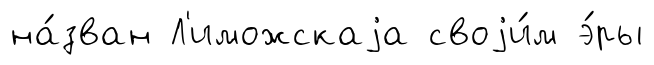
на́зван Л'иможскаjа своjи́м э́ры